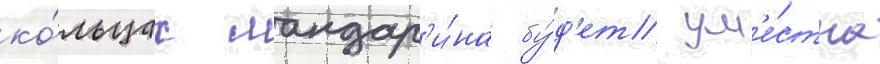
ко́льцах мандар'и́на бу́д'ет ум'е́стна